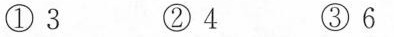
① 3 ② 4 ③ 6